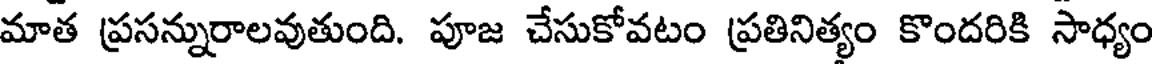
మాత ప్రసన్నురాలవుతుంది. పూజ చేసుకోవటం ప్రతినిత్యం కొందరికి సాధ్యం